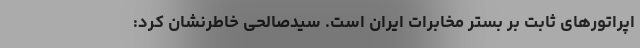
اپراتورهای ثابت بر بستر مخابرات ایران است. سیدصالحی خاطرنشان کرد: